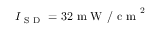
I _ { \mathrm { ~ S ~ D ~ } } = 3 2 \mathrm { ~ m ~ W ~ / ~ c ~ m ~ } ^ { 2 }